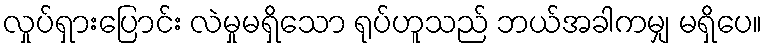
လှုပ်ရှားပြောင်း လဲမှုမရှိသော ရုပ်ဟူသည် ဘယ်အခါကမျှ မရှိပေ။